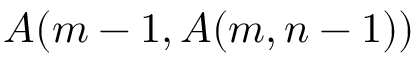
A ( m - 1 , A ( m , n - 1 ) )